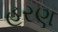
હરણ